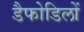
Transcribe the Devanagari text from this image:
डैफोडिलों